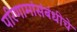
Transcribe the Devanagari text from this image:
परिणामांसंबंधीचे